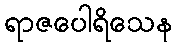
ရာဇပေါရိသေန